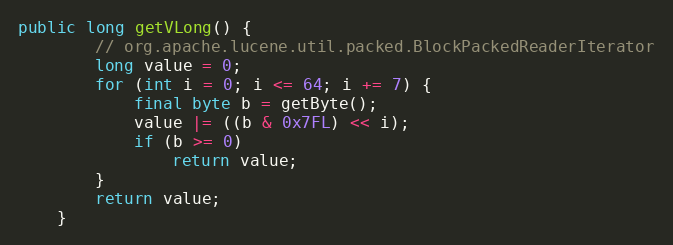
Language: Java
public long getVLong() {
		// org.apache.lucene.util.packed.BlockPackedReaderIterator
		long value = 0;
		for (int i = 0; i <= 64; i += 7) {
			final byte b = getByte();
			value |= ((b & 0x7FL) << i);
			if (b >= 0)
				return value;
		}
		return value;
	}